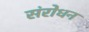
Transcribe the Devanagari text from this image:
संरोधन